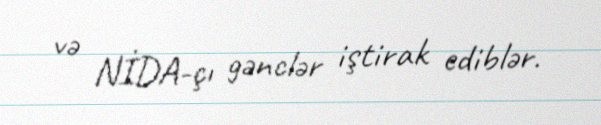
və NİDA-çı gənclər iştirak ediblər.